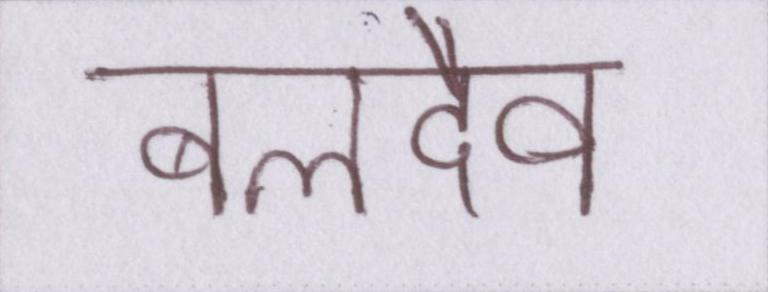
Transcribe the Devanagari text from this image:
बलदेव